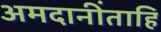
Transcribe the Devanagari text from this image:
अमदानींताहि